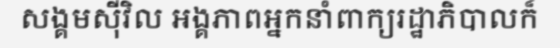
សង្គមស៊ីវិល អង្គភាពអ្នកនាំពាក្យរដ្ឋាភិបាលក៏